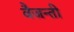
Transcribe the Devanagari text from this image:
वैजन्ती